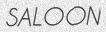
SALOON